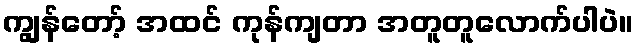
ကျွန်တော့် အထင် ကုန်ကျတာ အတူတူလောက်ပါပဲ။